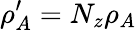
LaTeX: \rho_{A}^{\prime}=N_{z}\rho_{A}